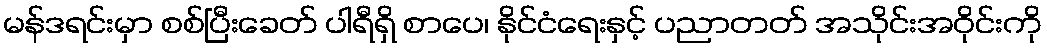
မန်ဒရင်းမှာ စစ်ပြီးခေတ် ပါရီရှိ စာပေ၊ နိုင်ငံရေးနှင့် ပညာတတ် အသိုင်းအဝိုင်းကို